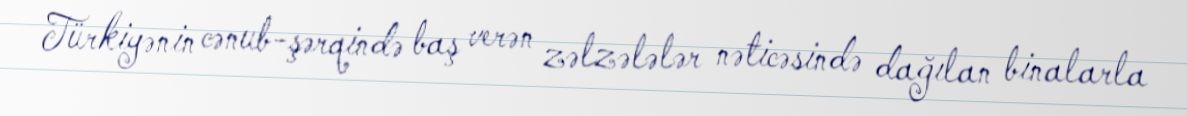
Türkiyənin cənub-şərqində baş verən zəlzələlər nəticəsində dağılan binalarla